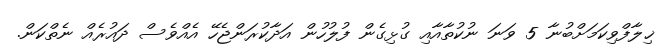
ޚިލާފްވިކަމަށްބުނާ 5 ވަނަ ނުކުތާއާއި ގުޅިގެން ފުލުހުން އަދާކުރަންޖެހޭ އެއްވެސް ދައުރެއް ނެތްކަން.